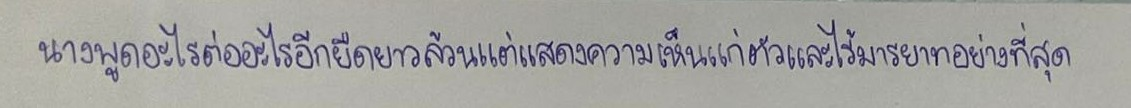
นางพูดอะไรต่ออะไรอีกยืดยาวล้วนแต่แสดงความเห็นแก่ตัวและไร้มารยาทอย่างที่สุด